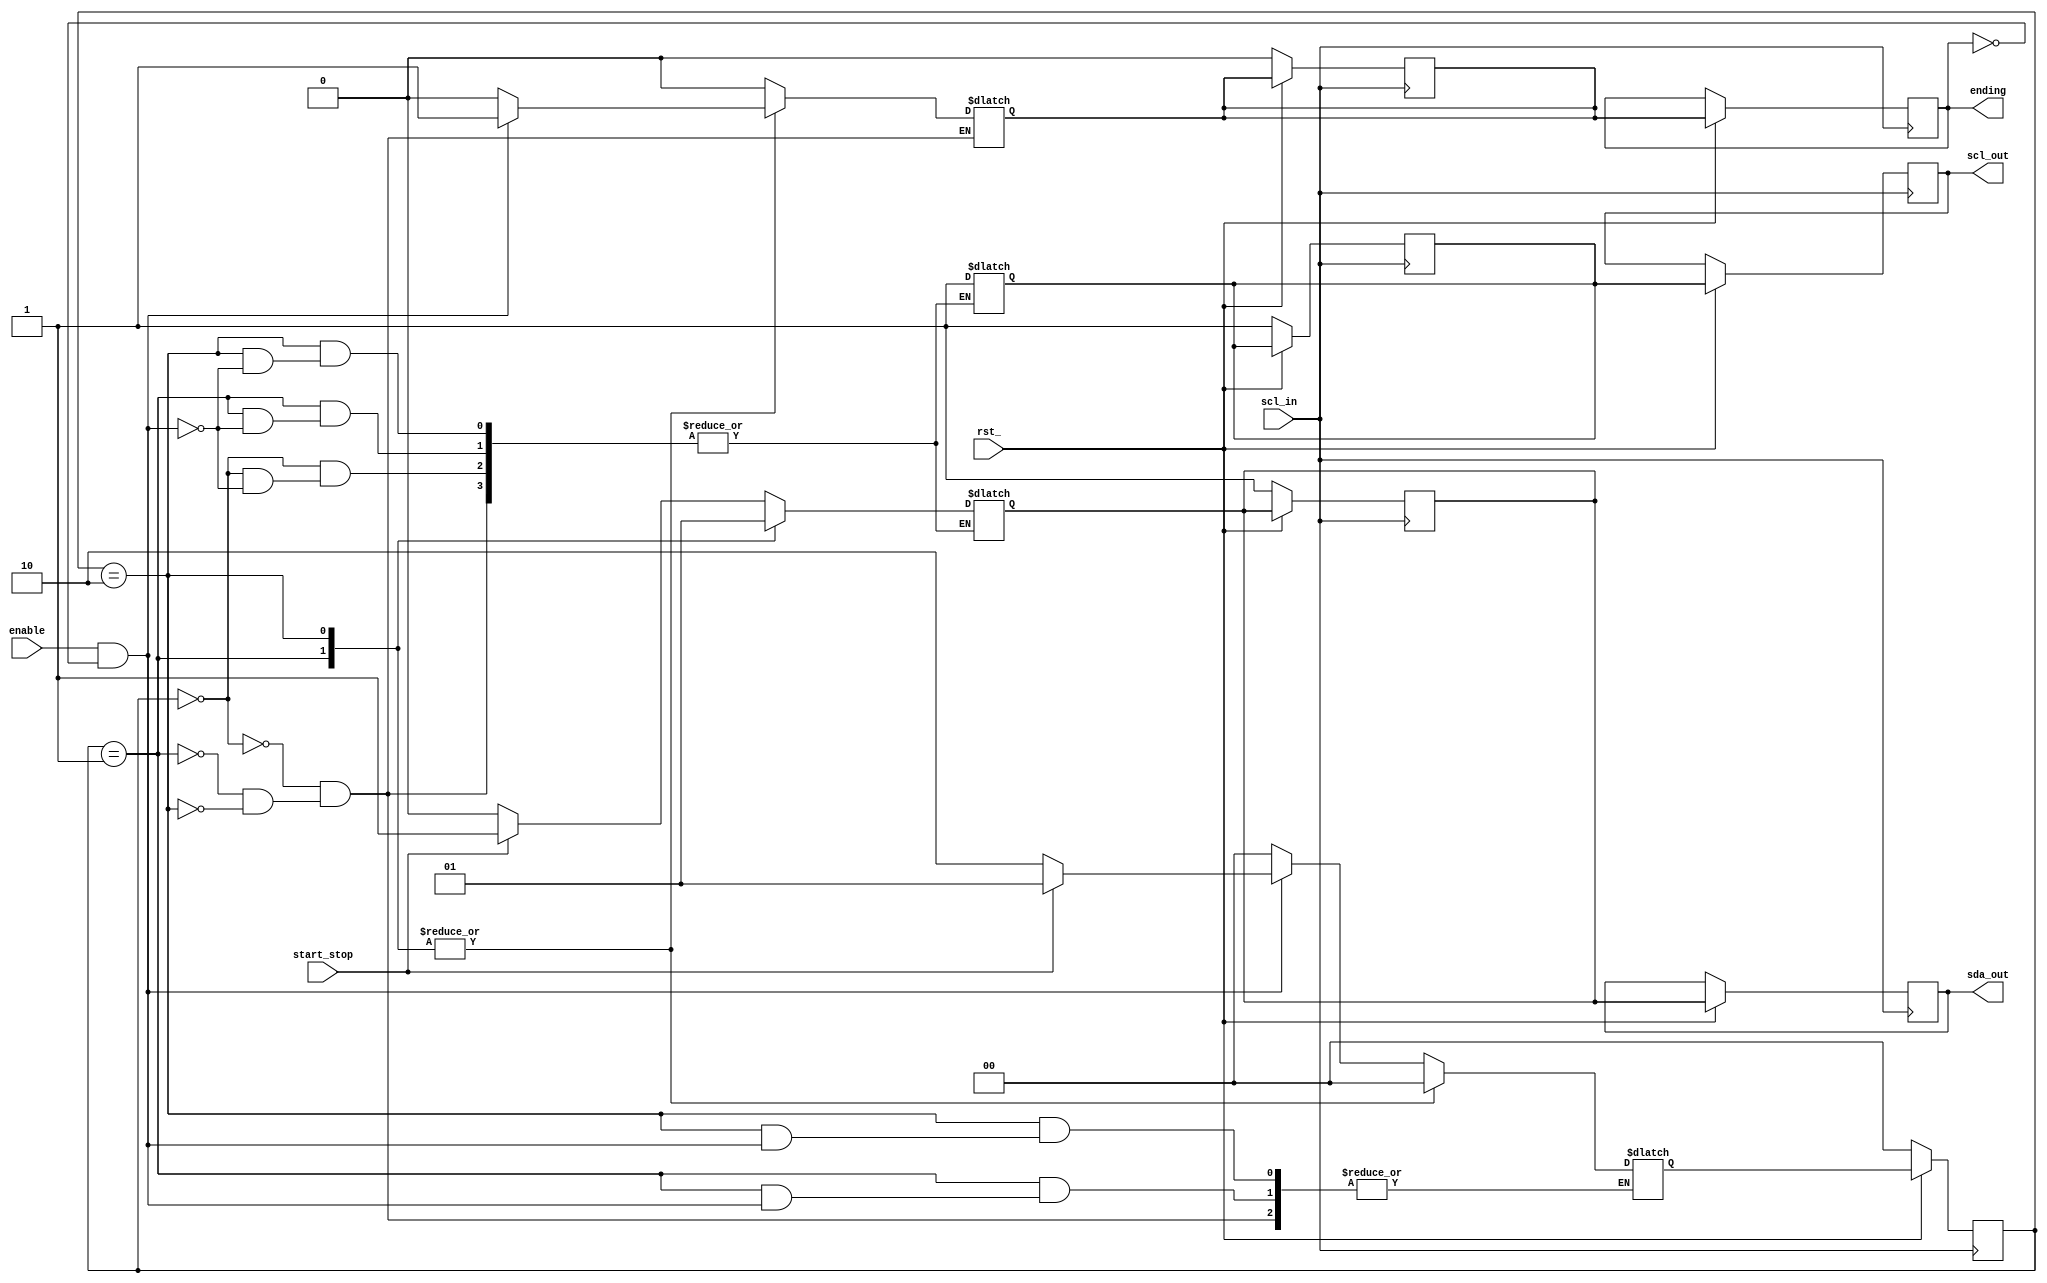
module start_stop_generator
  (
   input      enable,
   input      scl_in,
   input      rst_,
   input      start_stop, // 1 = start, 0 = stop 
   output reg sda_out,
   output reg ending,
   output reg scl_out
   );

   localparam IDLE = 2'd0;
   localparam START = 2'd1;
   localparam STOP = 2'd2;
   
   
   reg [1:0]  current_state;
   reg [1:0]  next_state;
   
   reg 	      sda_out_d;
   reg 	      scl_out_d;
   reg 	      ending_d; 
	      
   always @ (*)
     begin
	case(current_state)

	  IDLE :
	    if(enable & !ending)
	      begin
		 if(start_stop)
		   begin
		      sda_out_d = 1'd1;
		      scl_out_d = 1'd1;
		      ending_d = 1'd0;
		      next_state = START;
		   end
		 else
		   begin
		      sda_out_d = 1'd0;
		      scl_out_d = 1'd1;
		      ending_d = 1'd0;
		      next_state = STOP;
		   end
	      end
	    else
	      begin
		 ending_d = 1'd0;
		 next_state = IDLE;
	      end

	  START :
	    if(enable & !ending)
	      begin
		 sda_out_d = 1'd0;
		 scl_out_d = 1'd1;
		 ending_d = 1'd1;
	      end
	    else
	      begin
		 ending_d = 1'd0;
		 next_state = IDLE;
	      end

	  STOP :
	    if(enable & !ending)
	      begin
		 sda_out_d = 1'd1;
		 scl_out_d = 1'd1;
		 ending_d = 1'd1;
	      end
	    else
	      begin
		 ending_d = 1'd0;
		 next_state = IDLE;
	      end
	  
	endcase // case (current_state)
     end // always @ (*)

   always @ (posedge scl_in)
     begin
	if(!rst_)
	  begin
	     sda_out_d <= 1'd1;
	     scl_out_d <=1'd1;
	     ending_d <= 1'd0;
	     current_state <= IDLE;
	  end
	else
	  begin
	     sda_out <= sda_out_d;
	     scl_out <= scl_out_d;
	     ending <= ending_d;
	     current_state <= next_state;
	  end // else: !if(!rst_)
     end // always @ (posedge sda_in)
   
endmodule // start_generator